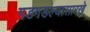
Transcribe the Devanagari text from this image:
गडगडल्यासारखे